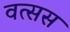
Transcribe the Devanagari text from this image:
वत्सस